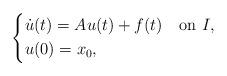
LaTeX: \begin{align*}\begin{dcases*}\dot{u}(t)=Au(t)+f(t)&on $I$,\\u(0)=x_0,\end{dcases*}\end{align*}